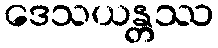
ဒေသယန္တဿ